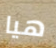
هيا